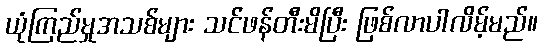
ယုံကြည်မှုအသစ်များ သင်ဖန်တီးမိပြီး ဖြစ်လာပါလိမ့်မည်။